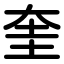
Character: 奎